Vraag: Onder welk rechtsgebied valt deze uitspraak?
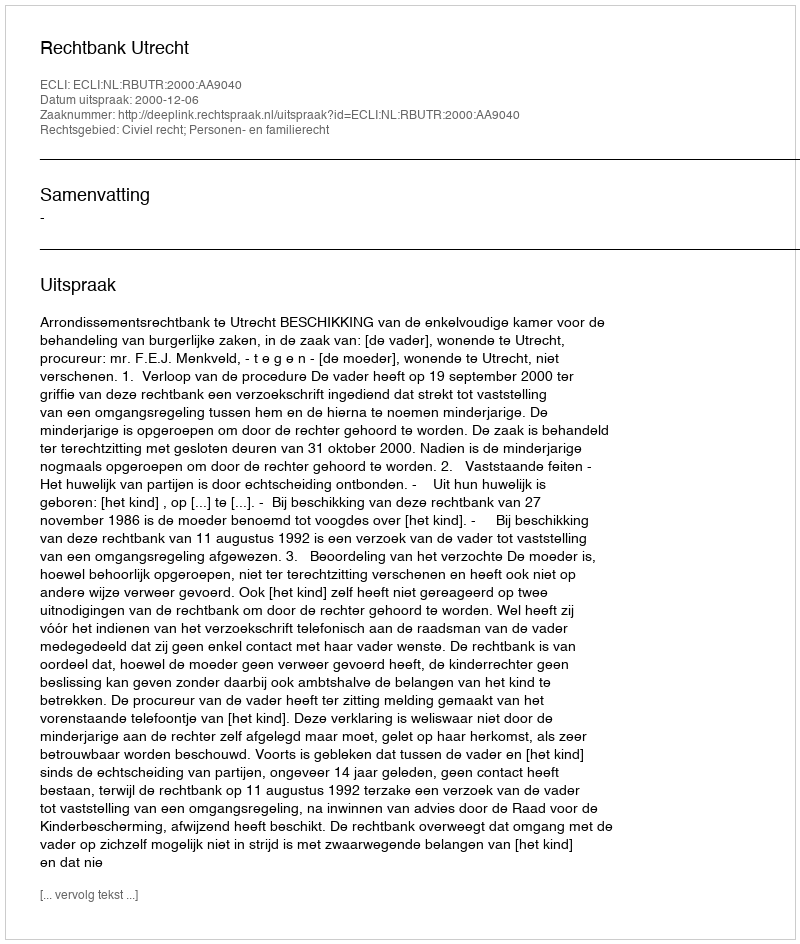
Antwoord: Civiel recht; Personen- en familierecht